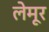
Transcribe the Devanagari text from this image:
लेमूर